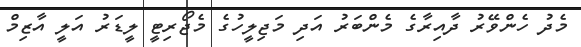
މެދު ހެންވޭރު ދާއިރާގެ މެންބަރު އަދި މަޖިލީހުގެ މެޖޯރިޓީ ލީޑަރު އަލީ އާޒިމް